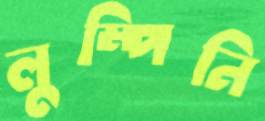
লুম্পিনি